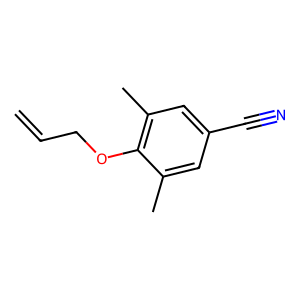
SMILES: C=CCOc1c(C)cc(C#N)cc1C
Inhibits HIV replication: No